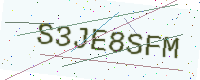
Text: S3JE8SFM